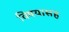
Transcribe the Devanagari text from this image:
विषयासह